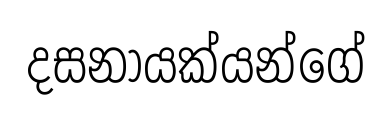
දසනායක්යන්ගේ